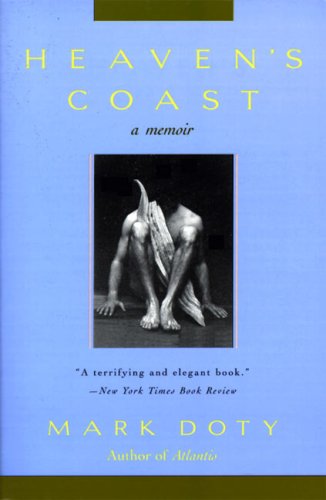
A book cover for Heaven's Coast: A Memoir; Mark Doty; Gay & Lesbian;